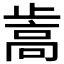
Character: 𰙵